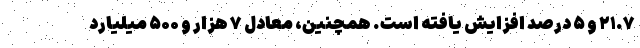
۲۱.۷ و ۵ درصد افزایش یافته است. همچنین، معادل ۷ هزار و ۵۰۰ میلیارد